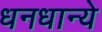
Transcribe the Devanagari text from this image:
धनधान्ये